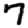
Digit: 7